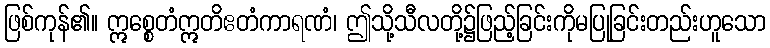
ဖြစ်ကုန်၏။ ဣစ္စေတံဣတိဧတံကာရဏံ၊ ဤသို့သီလတို့၌ဖြည့်ခြင်းကိုမပြုခြင်းတည်းဟူသော